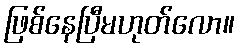
ဖြစ်နေပြီမဟုတ်လော။